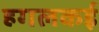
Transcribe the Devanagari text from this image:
हगलकई